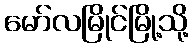
မော်လမြိုင်မြို့သို့